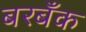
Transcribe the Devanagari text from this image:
बरबँक